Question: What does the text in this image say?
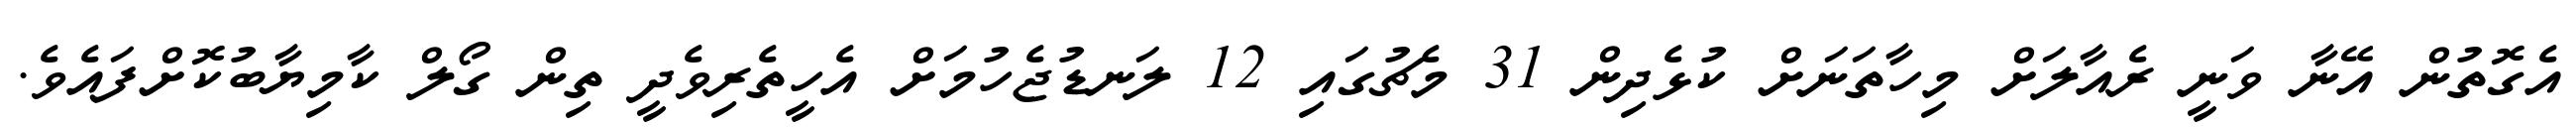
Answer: އެގޮތުން އޭނާ ވަނީ ރެއާލަށް މިހާތަނަށް ކުޅެދިން 31 މެޗުގައި 12 ލަނޑުޖެހުމަށް އެހީތެރިވެދީ ތިން ގޯލް ކާމިޔާބުކޮށްފައެވެ.